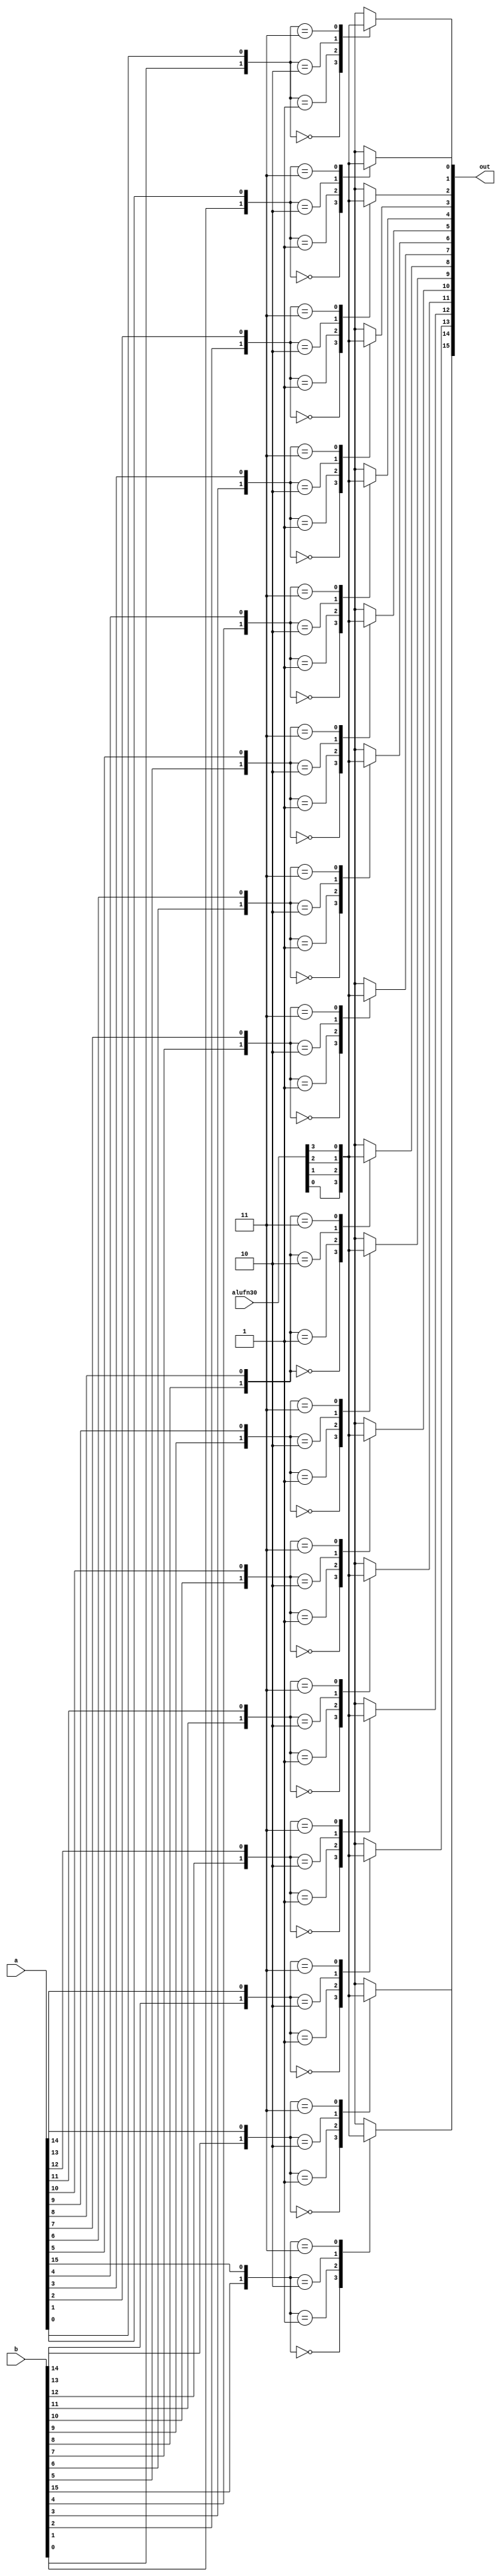
module bool16bit_17 (
    input [15:0] a,
    input [15:0] b,
    input [3:0] alufn30,
    output reg [15:0] out
  );
  
  
  
  reg [31:0] selector;
  
  integer i;
  
  always @* begin
    out = 1'h0;
    for (i = 1'h0; i < 5'h10; i = i + 1) begin
      selector[(i)*2+1+0-:1] = b[(i)*1+0-:1];
      selector[(i)*2+0+0-:1] = a[(i)*1+0-:1];
    end
    for (i = 1'h0; i < 5'h10; i = i + 1) begin
      
      case (selector[(i)*2+1-:2])
        2'h0: begin
          out[(i)*1+0-:1] = alufn30[0+0-:1];
        end
        2'h1: begin
          out[(i)*1+0-:1] = alufn30[1+0-:1];
        end
        2'h2: begin
          out[(i)*1+0-:1] = alufn30[2+0-:1];
        end
        2'h3: begin
          out[(i)*1+0-:1] = alufn30[3+0-:1];
        end
      endcase
    end
  end
endmodule